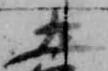
土